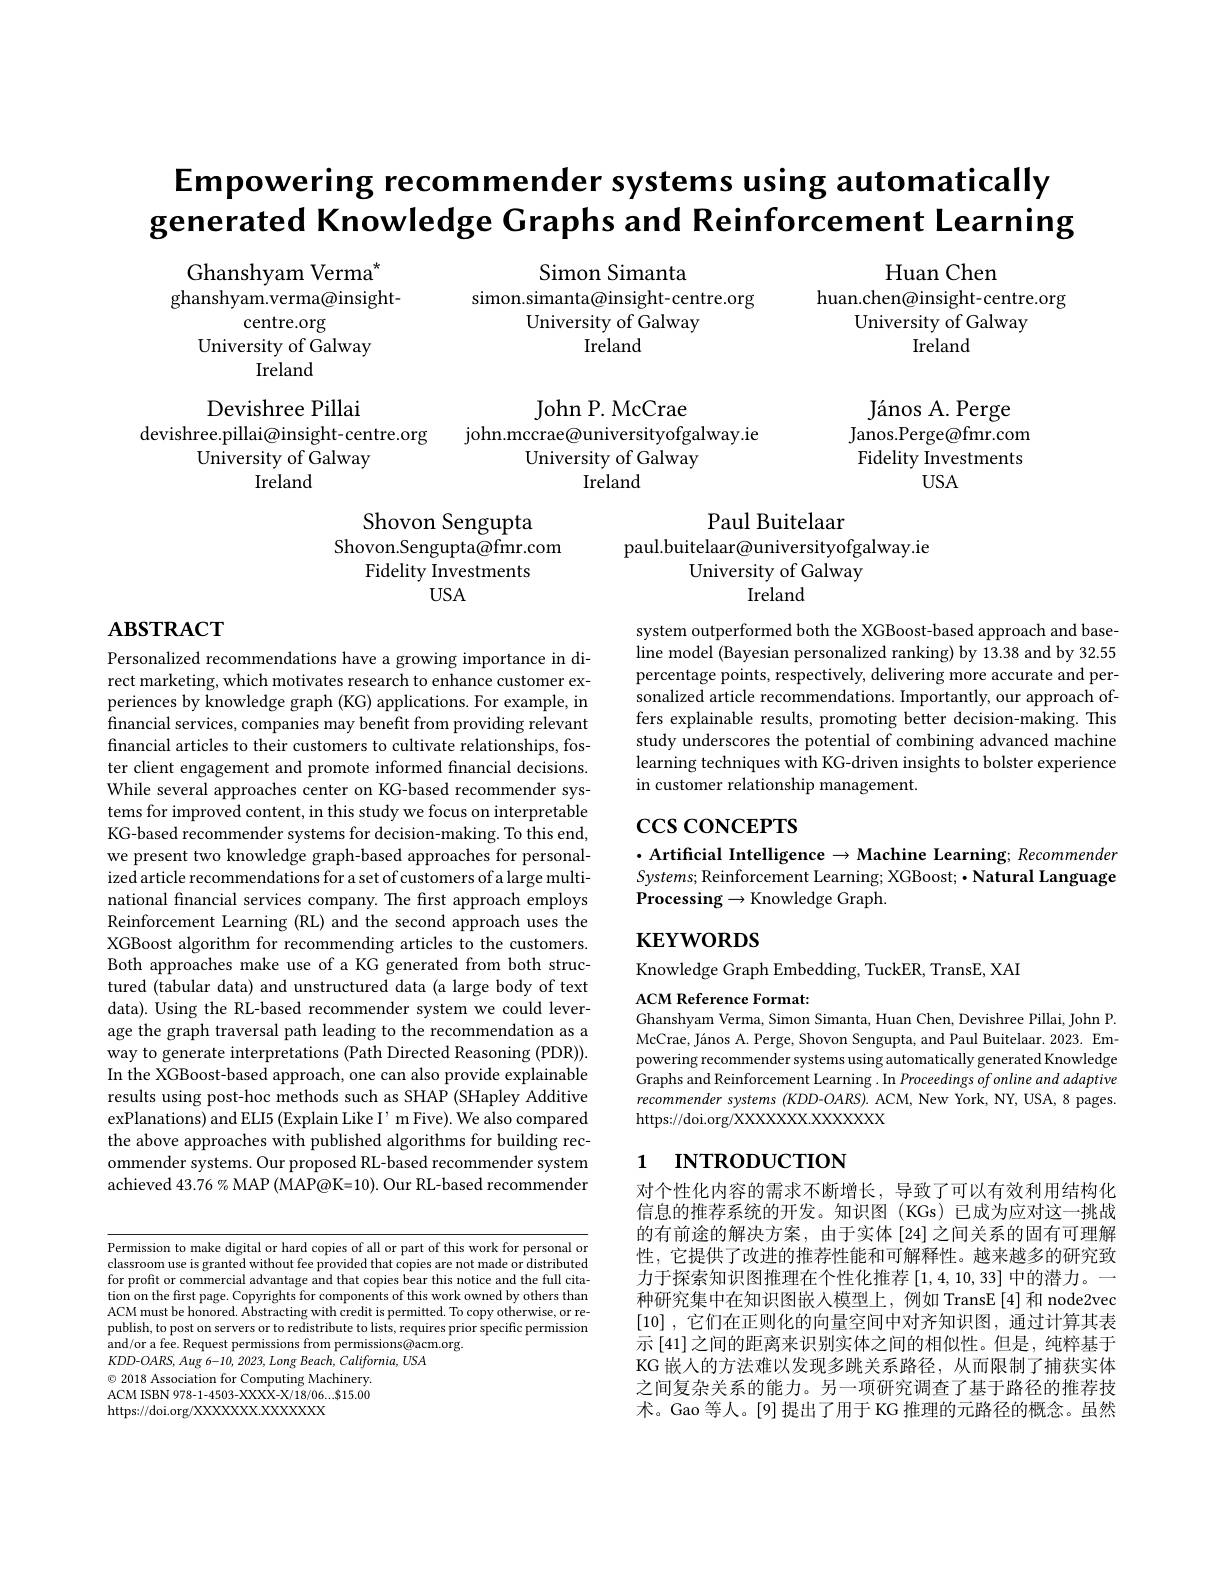
# Empowering recommender systems using automatically generated Knowledge Graphs and Reinforcement Learning

Simon Simanta
simon.simanta@insight-centre.org
University of Galway
Ireland

Huan Chen
huan.chen@insight-centre.org
University of Galway
Ireland

Ghanshyam Verma$^{\star}$
ghanshyam. verma@ insight-
centre.org
University of Galway
Ireland
Devishree Pillai

devishree.pillai@insight-centre.org

John P. McCrae
john.mccrae@universityofgalway.ie
University of Galway
Ireland

János A. Perge
Janos.Perge@fmr.com Fidelity Investments
$USA$

University of Galway

Ireland

Paul Buitelaar

Shovon Sengupta
Shovon.Sengupta@fmr.com
Fidelity Investments
$USA$

paul.buitelaar@universityofgalway.ie
University of Galway
Ireland

## $\mathbf{ABSTRACT}$

system outperformed both the XGBoost-based approach and baseline model (Bayesian personalized ranking) by 13.38 and by 32.55 percentage points, respectively, delivering more accurate and personalized article recommendations. Importantly, our approach offers explainable results, promoting better decision-making. This study underscores the potential of combining advanced machine learning techniques with KG-driven insights to bolster experience in customer relationship management.

## $\csc\csc$coNCEPTS

$\cdot$ Artificial Intelligence $\to$Machine Learning; Recommender $Systems;$ Reinforcement Learning; XGBoost; ·Natural Language Processing$\to$Knowledge Graph.

Personalized recommendations have a growing importance in direct marketing, which motivates research to enhance customer experiences by knowledge graph (KG) applications. For example, in financial services, companies may benefit from providing relevant financial articles to their customers to cultivate relationships, foster client engagement and promote informed financial decisions. While several approaches center on KG-based recommender systems for improved content, in this study we focus on interpretable KG-based recommender systems for decision-making. To this end, we present two knowledge graph-based approaches for personalized article recommendations for a set of customers of a large multinational fnancial services company. The first approach employs Reinforcement Learning (RL) and the second approach uses the XGBoost algorithm for recommending articles to the customers. Both approaches make use of a KG generated from both structured (tabular data) and unstructured data (a large body of text data). Using the RL-based recommender system we could leverage the graph traversal path leading to the recommendation as a way to generate interpretations (Path Directed Reasoning (PDR)). In the XGBoost-based approach, one can also provide explainable results using post-hoc methods such as SHAP (SHapley Additive exPlanations) and ELI5 (Explain Like I' m Five). We also compared the above approaches with published algorithms for building recommender systems. Our proposed RL-based recommender system achieved 43.76% MAP (MAP@K=10). Our RL-based recommender

## $\mathbf{KEYWORDS}$

Knowledge Graph Embedding, TuckER, TransE, XAI

ACM Reference Format:
Ghanshyam Verma, Simon Simanta, Huan Chen, Devishree Pillai, John P.

McCrae, János A. Perge, Shovon Sengupta, and Paul Buitelaar. 2023. Empowering recommender systems using automatically generated Knowledge Graphs and Reinforcement Learning . In Proceedings of online and adaptive recommender systems (KDD-OARS). ACM, New York, NY, USA, 8 pages. https://doi.org/XXXXXXX.XXXXX

# 1 INTRODUCTION

对个性化内容的需求不断增长，导致了可以有效利用结构化信息的推荐系统的开发。知识图(KGs)已成为应对这一挑战的有前途的解决方案，由于实体[24]之间关系的固有可理解性，它提供了改进的推荐性能和可解释性。越来越多的研究致力于探索知识图推理在个性化推荐$\left[1,4,10,33\right]$中的潜力。一种研究集中在知识图嵌入模型上，例如 TransE[4] 和 node2vec [10] , 它们在正则化的向量空间中对齐知识图，通过计算其表示 [41]之间的距离来识别实体之间的相似性。但是，纯粹基于KG 嵌人的方法难以发现多跳关系路径，从而限制了捕获实体之间复杂关系的能力。另一项研究调查了基于路径的推荐技术。Gao 等人。[9]提出了用于 KG 推理的元路径的概念。虽然

Permission to make digital or hard copies of all or part of this work for personal or classroom use is granted without fee provided that copies are not made or distributed for profit or commercial advantage and that copies bear this notice and the full citation on the first page. Copyrights for components of this work owned by others than ACM must be honored. Abstracting with credit is permitted. To copy otherwise, or republish, to post on servers or to redistribute to lists, requires prior specific permission and/or a fee. Request permissions from permissions@acm.org.
$KDD-OARS,Aug6-10,2023,LongBeach,California,USA$
$\odot$ 2018 Association for Computing Machinery. ACM ISBN 978-1-4503-XXXX-X/18/06...815.00 https://doi.org/XXXXXXX.XXXXXX